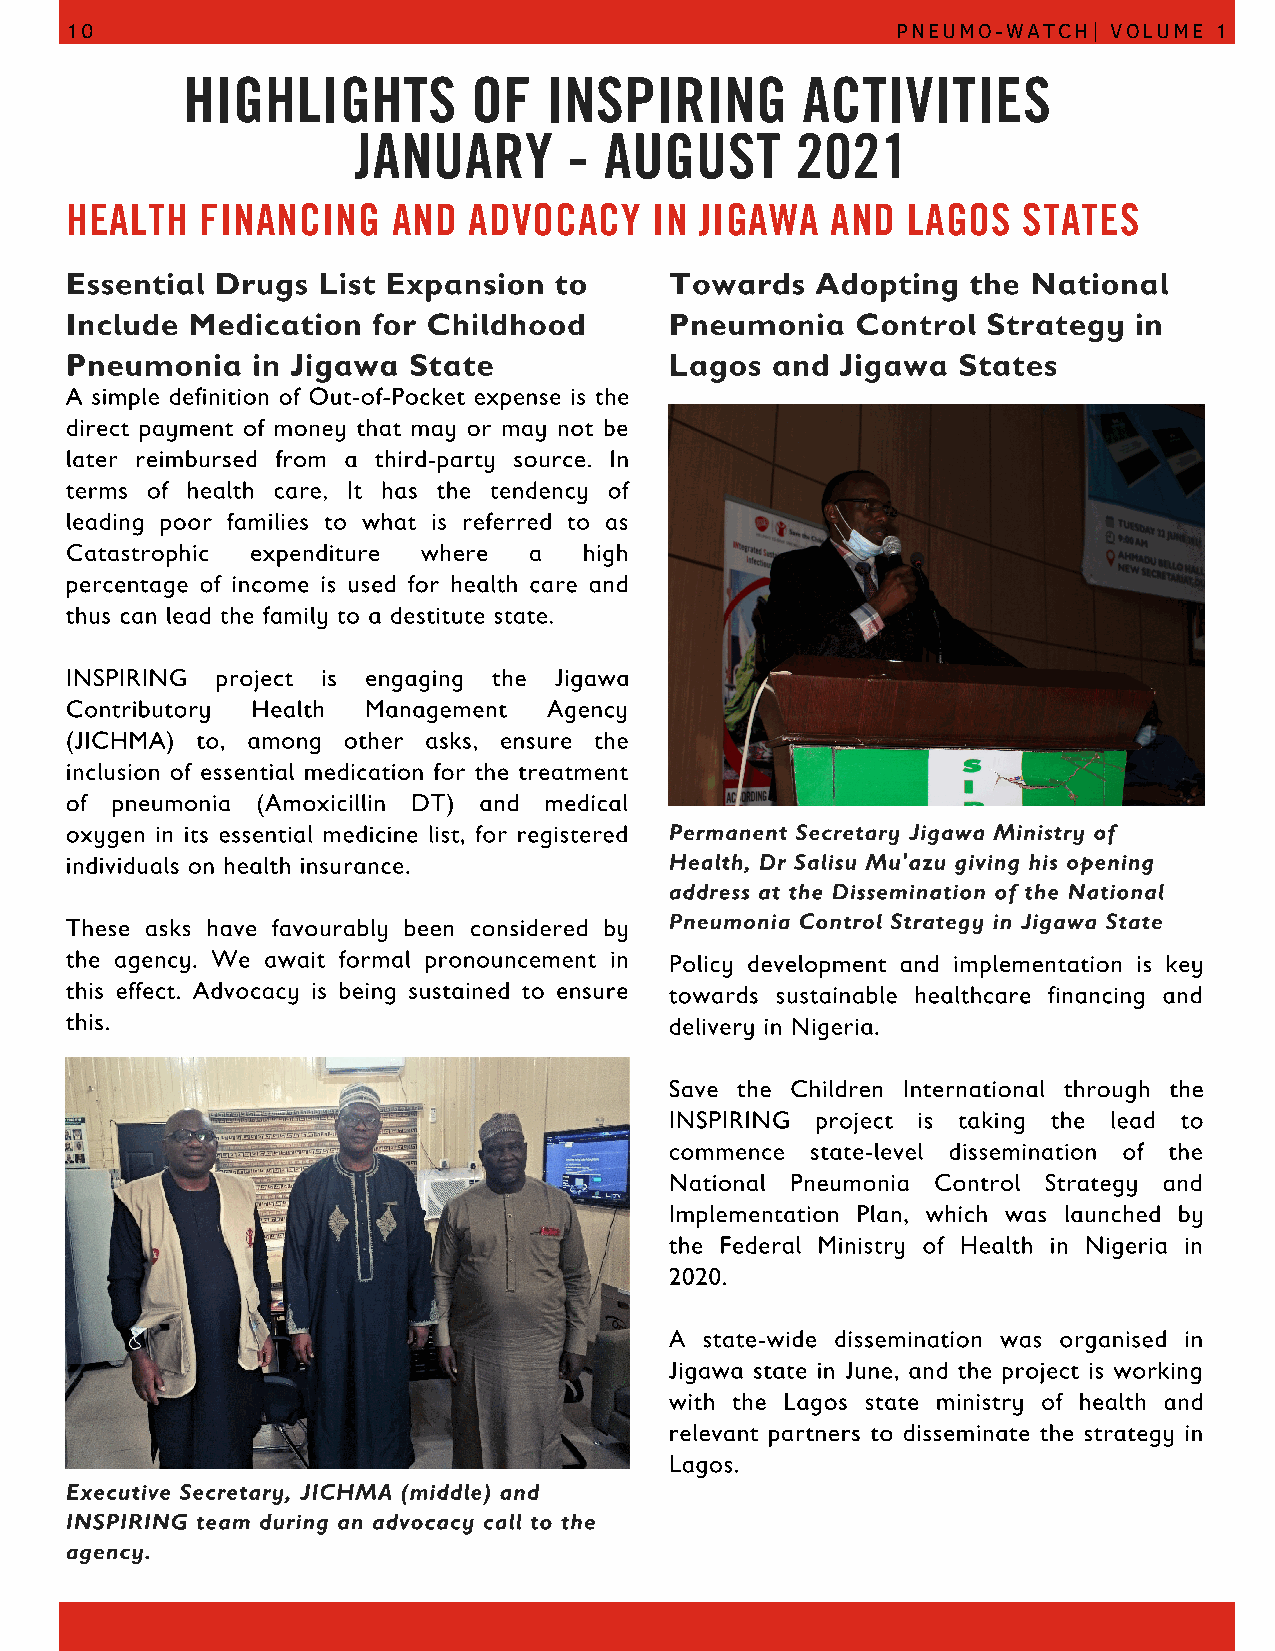
10                                                     PNEUMO-WATCH|  VOLUME 1
 HIGHLIGHTS         OF   INSPIRING        ACTIVITIES
 JANUARY        - AUGUST       2021
 HEALTH   FINANCING    AND  ADVOCACY    IN JIGAWA   AND  LAGOS   STATES
 Essential Drugs  List Expansion  to     Towards   Adopting  the National
 Include Medication   for Childhood      Pneumonia    Control Strategy  in
 Pneumonia    in Jigawa State            Lagos  and  Jigawa States
 A simple definition of Out-of-Pocket expense is the
 direct payment of money that may or may not be
 later reimbursed from a third-party source. In
 terms of health care, It has the tendency of
 leading poor families to what is referred to as
 Catastrophic expenditure where a   high
 percentage of income is used for health care and
 thus can lead the family to a destitute state.
 INSPIRING project is engaging the Jigawa
 Contributory Health Management  Agency
 (JICHMA) to, among other asks, ensure the
 inclusion of essential medication for the treatment
 of pneumonia (Amoxicillin DT) and medical
 oxygen in its essential medicine list, for registered Permanent Secretary Jigawa Ministry of
 individuals on health insurance.        Health, Dr Salisu Mu'azu giving his opening
 address at the Dissemination of the National
 These asks have favourably been considered by Pneumonia Control Strategy in Jigawa State
 the agency. We await formal pronouncement in Policy development and implementation is key
 this effect. Advocacy is being sustained to ensure towards sustainable healthcare financing and
 this.                                   delivery in Nigeria.
 Save the Children International through the
 INSPIRING project is taking the lead to
 commence  state-level dissemination of the
 National Pneumonia Control Strategy and
 Implementation Plan, which was launched by
 the Federal Ministry of Health in Nigeria in
 2020.
 A  state-wide dissemination was organised in
 Jigawa state in June, and the project is working
 with the Lagos state ministry of health and
 relevant partners to disseminate the strategy in
 Lagos.
 Executive Secretary, JICHMA (middle) and
 INSPIRING team during an advocacy call to the
 agency.